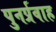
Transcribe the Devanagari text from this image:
पुनर्प्रवाह